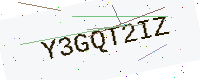
Text: Y3GQT2IZ